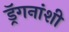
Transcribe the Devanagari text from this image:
ड्रॅगनांशी